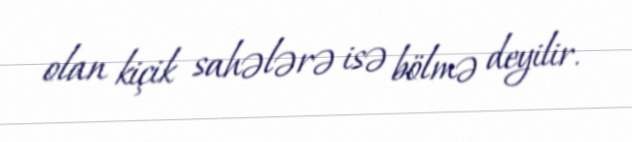
olan kiçik sahələrə isə bölmə deyilir.